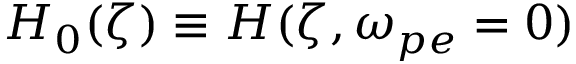
H _ { 0 } ( \zeta ) \equiv H ( \zeta , \omega _ { p e } = 0 )